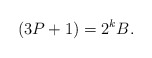
\begin{align*} (3P+1) &= 2^k B.\end{align*}